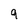
Character: 9